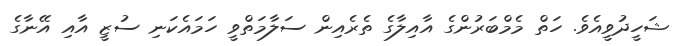
ޝަހީދުވީއެވެ. ހަތް މެމްބަރުންގެ އާއިލާގެ ތެރެއިން ސަލާމަތްވީ ހަމައެކަނި ސުޒީ އާއި އޭނާގެ